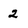
Character: 2